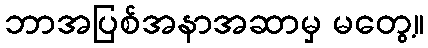
ဘာအပြစ်အနာအဆာမှ မတွေ့။